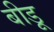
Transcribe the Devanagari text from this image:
बीडू